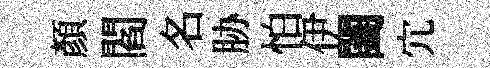
顏閻名胁怕伊闔宂